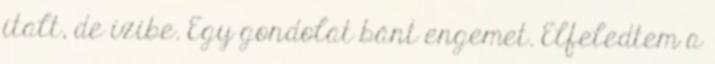
italt, de izibe. Egy gondolat bánt engemet. Elfeledtem a